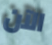
الآن